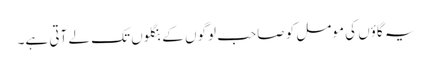
یہ گاؤں کی مومل کو صاحب لوگوں کے بنگلوں تک لے آتی ہے۔